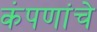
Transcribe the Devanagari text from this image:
कंपणांचे